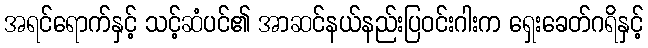
အရင်ရောက်နှင့် သင့်ဆံပင်၏ အာဆင်နယ်နည်းပြဝင်းဂါးက ရှေးခေတ်ဂရိနှင့်